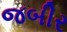
જબીર